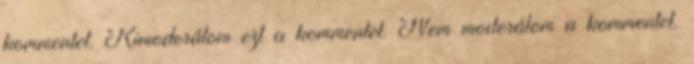
kommentet. Kimoderálom ezt a kommentet. Nem moderálom a kommentet.